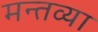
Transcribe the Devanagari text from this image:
मन्तव्या